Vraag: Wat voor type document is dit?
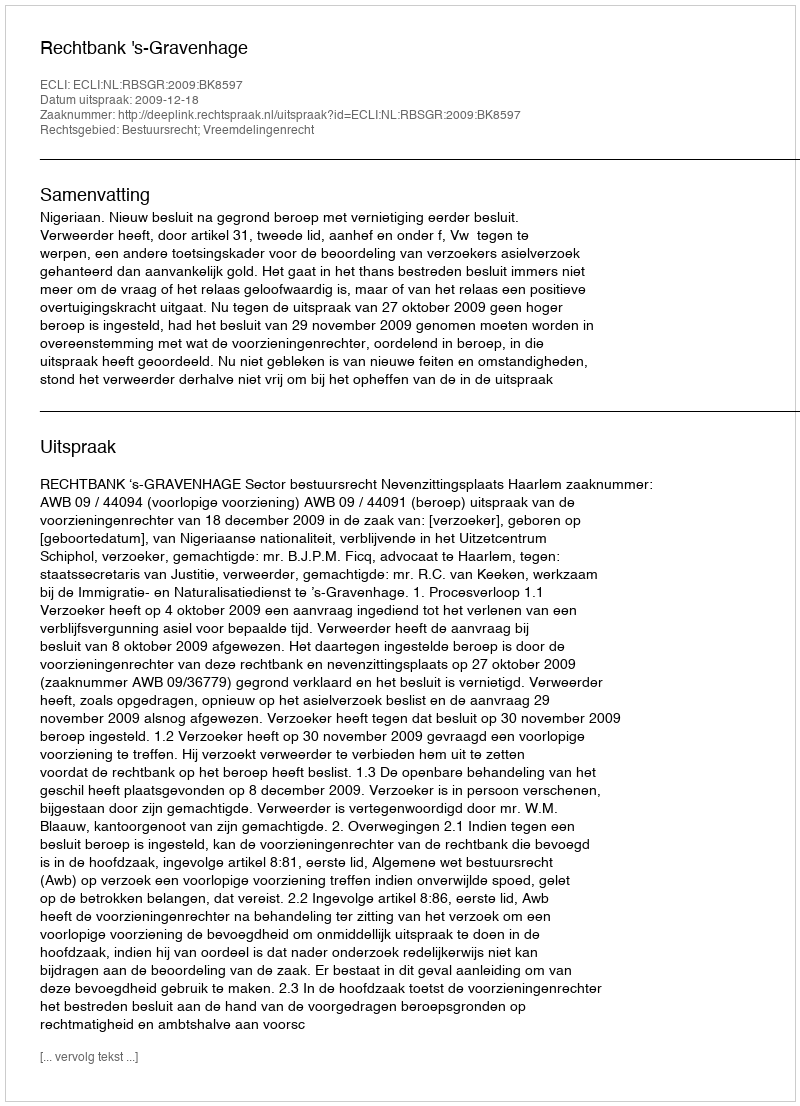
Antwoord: Uitspraak